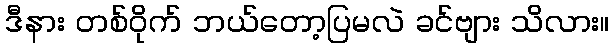
ဒီနား တစ်ဝိုက် ဘယ်တော့ပြမလဲ ခင်ဗျား သိလား။